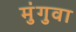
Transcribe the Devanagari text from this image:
मुंगुवा